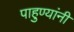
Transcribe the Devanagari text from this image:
पाहुण्यांनी